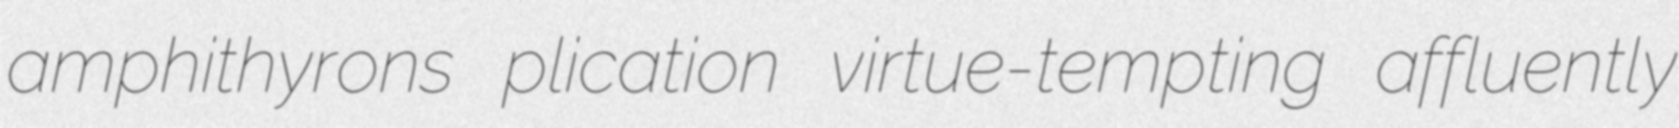
amphithyrons plication virtue-tempting affluently